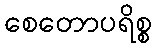
စေတောပရိစ္စ